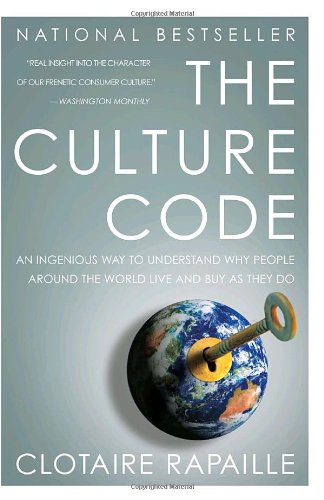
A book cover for The Culture Code: An Ingenious Way to Understand Why People Around the World Live and Buy as They Do; Clotaire Rapaille; Business & Money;